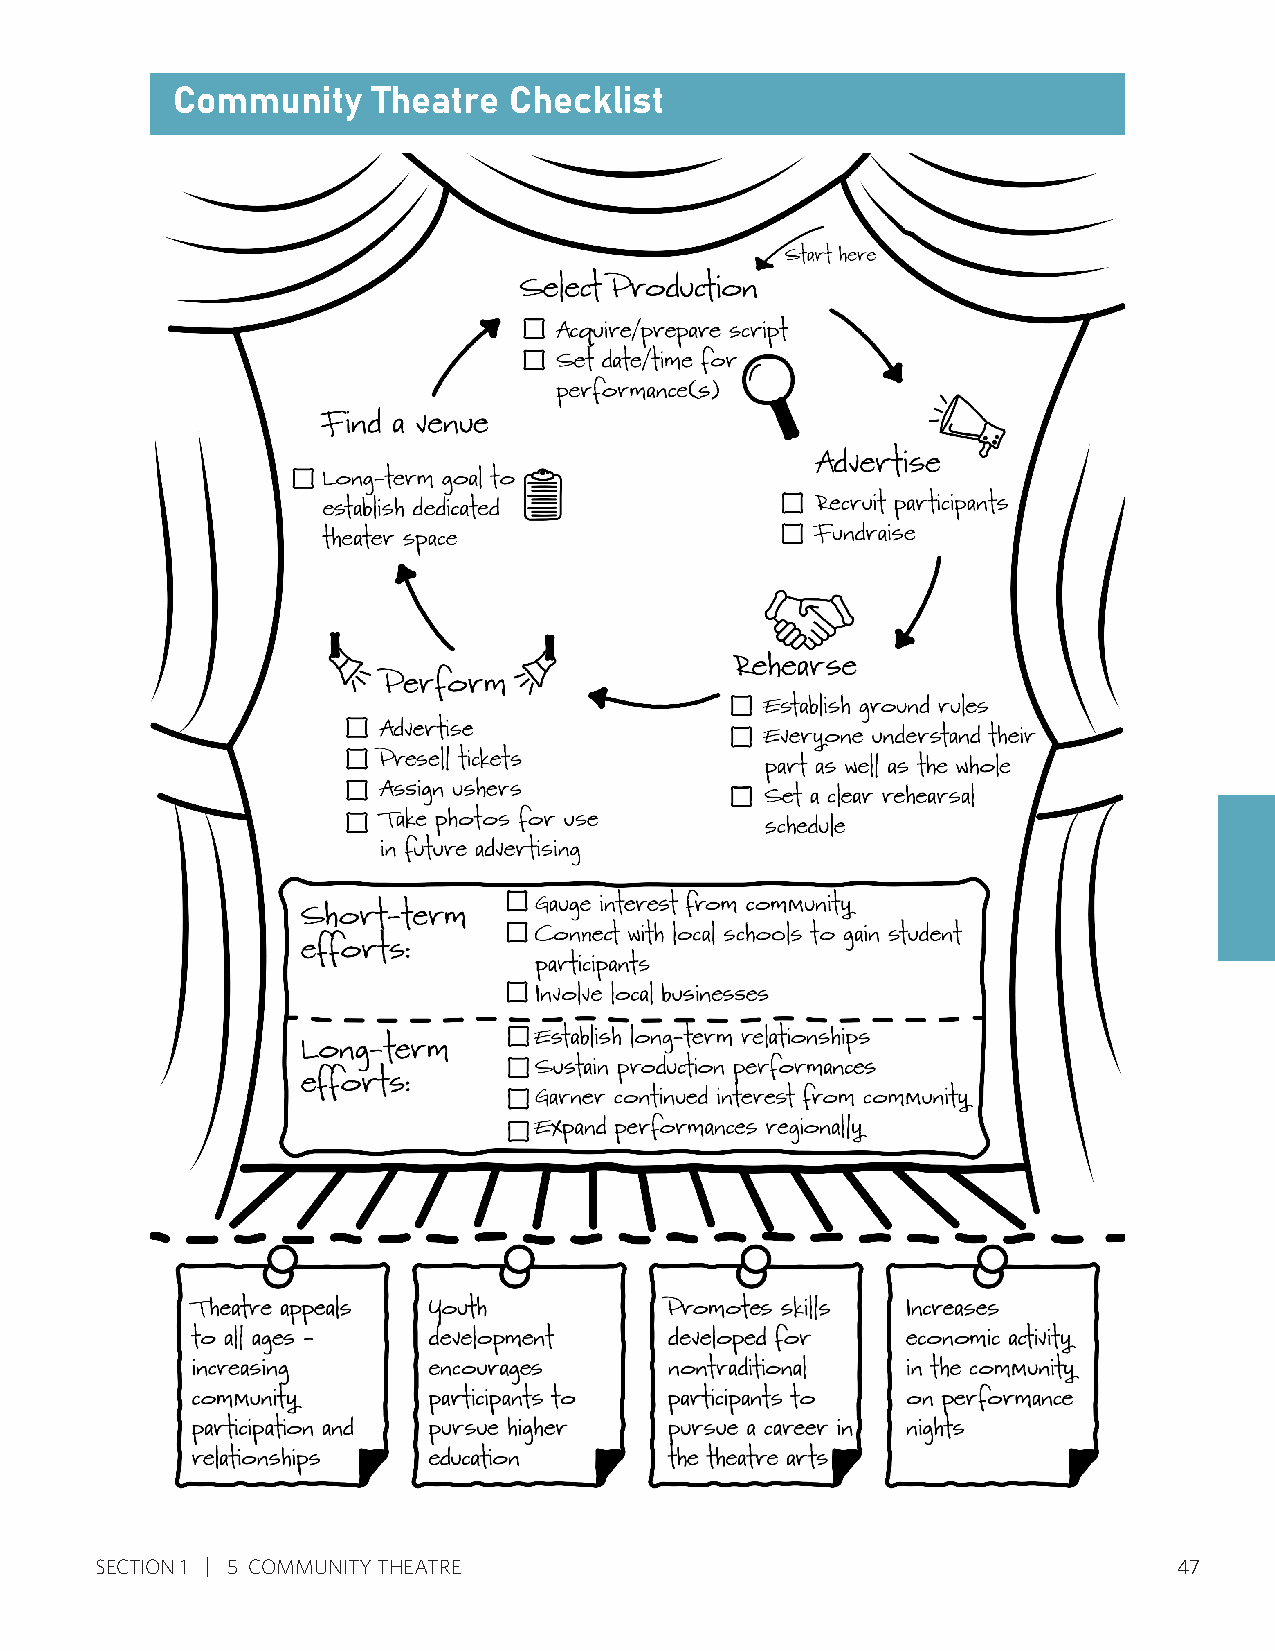
Community     Theatre  Checklist
 SECTION 1 5 COMMUNITY THEATRE                                           47